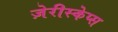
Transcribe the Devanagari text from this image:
ज़ेरीस्‍केप्‍स